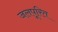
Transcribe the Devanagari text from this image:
जलपूरित